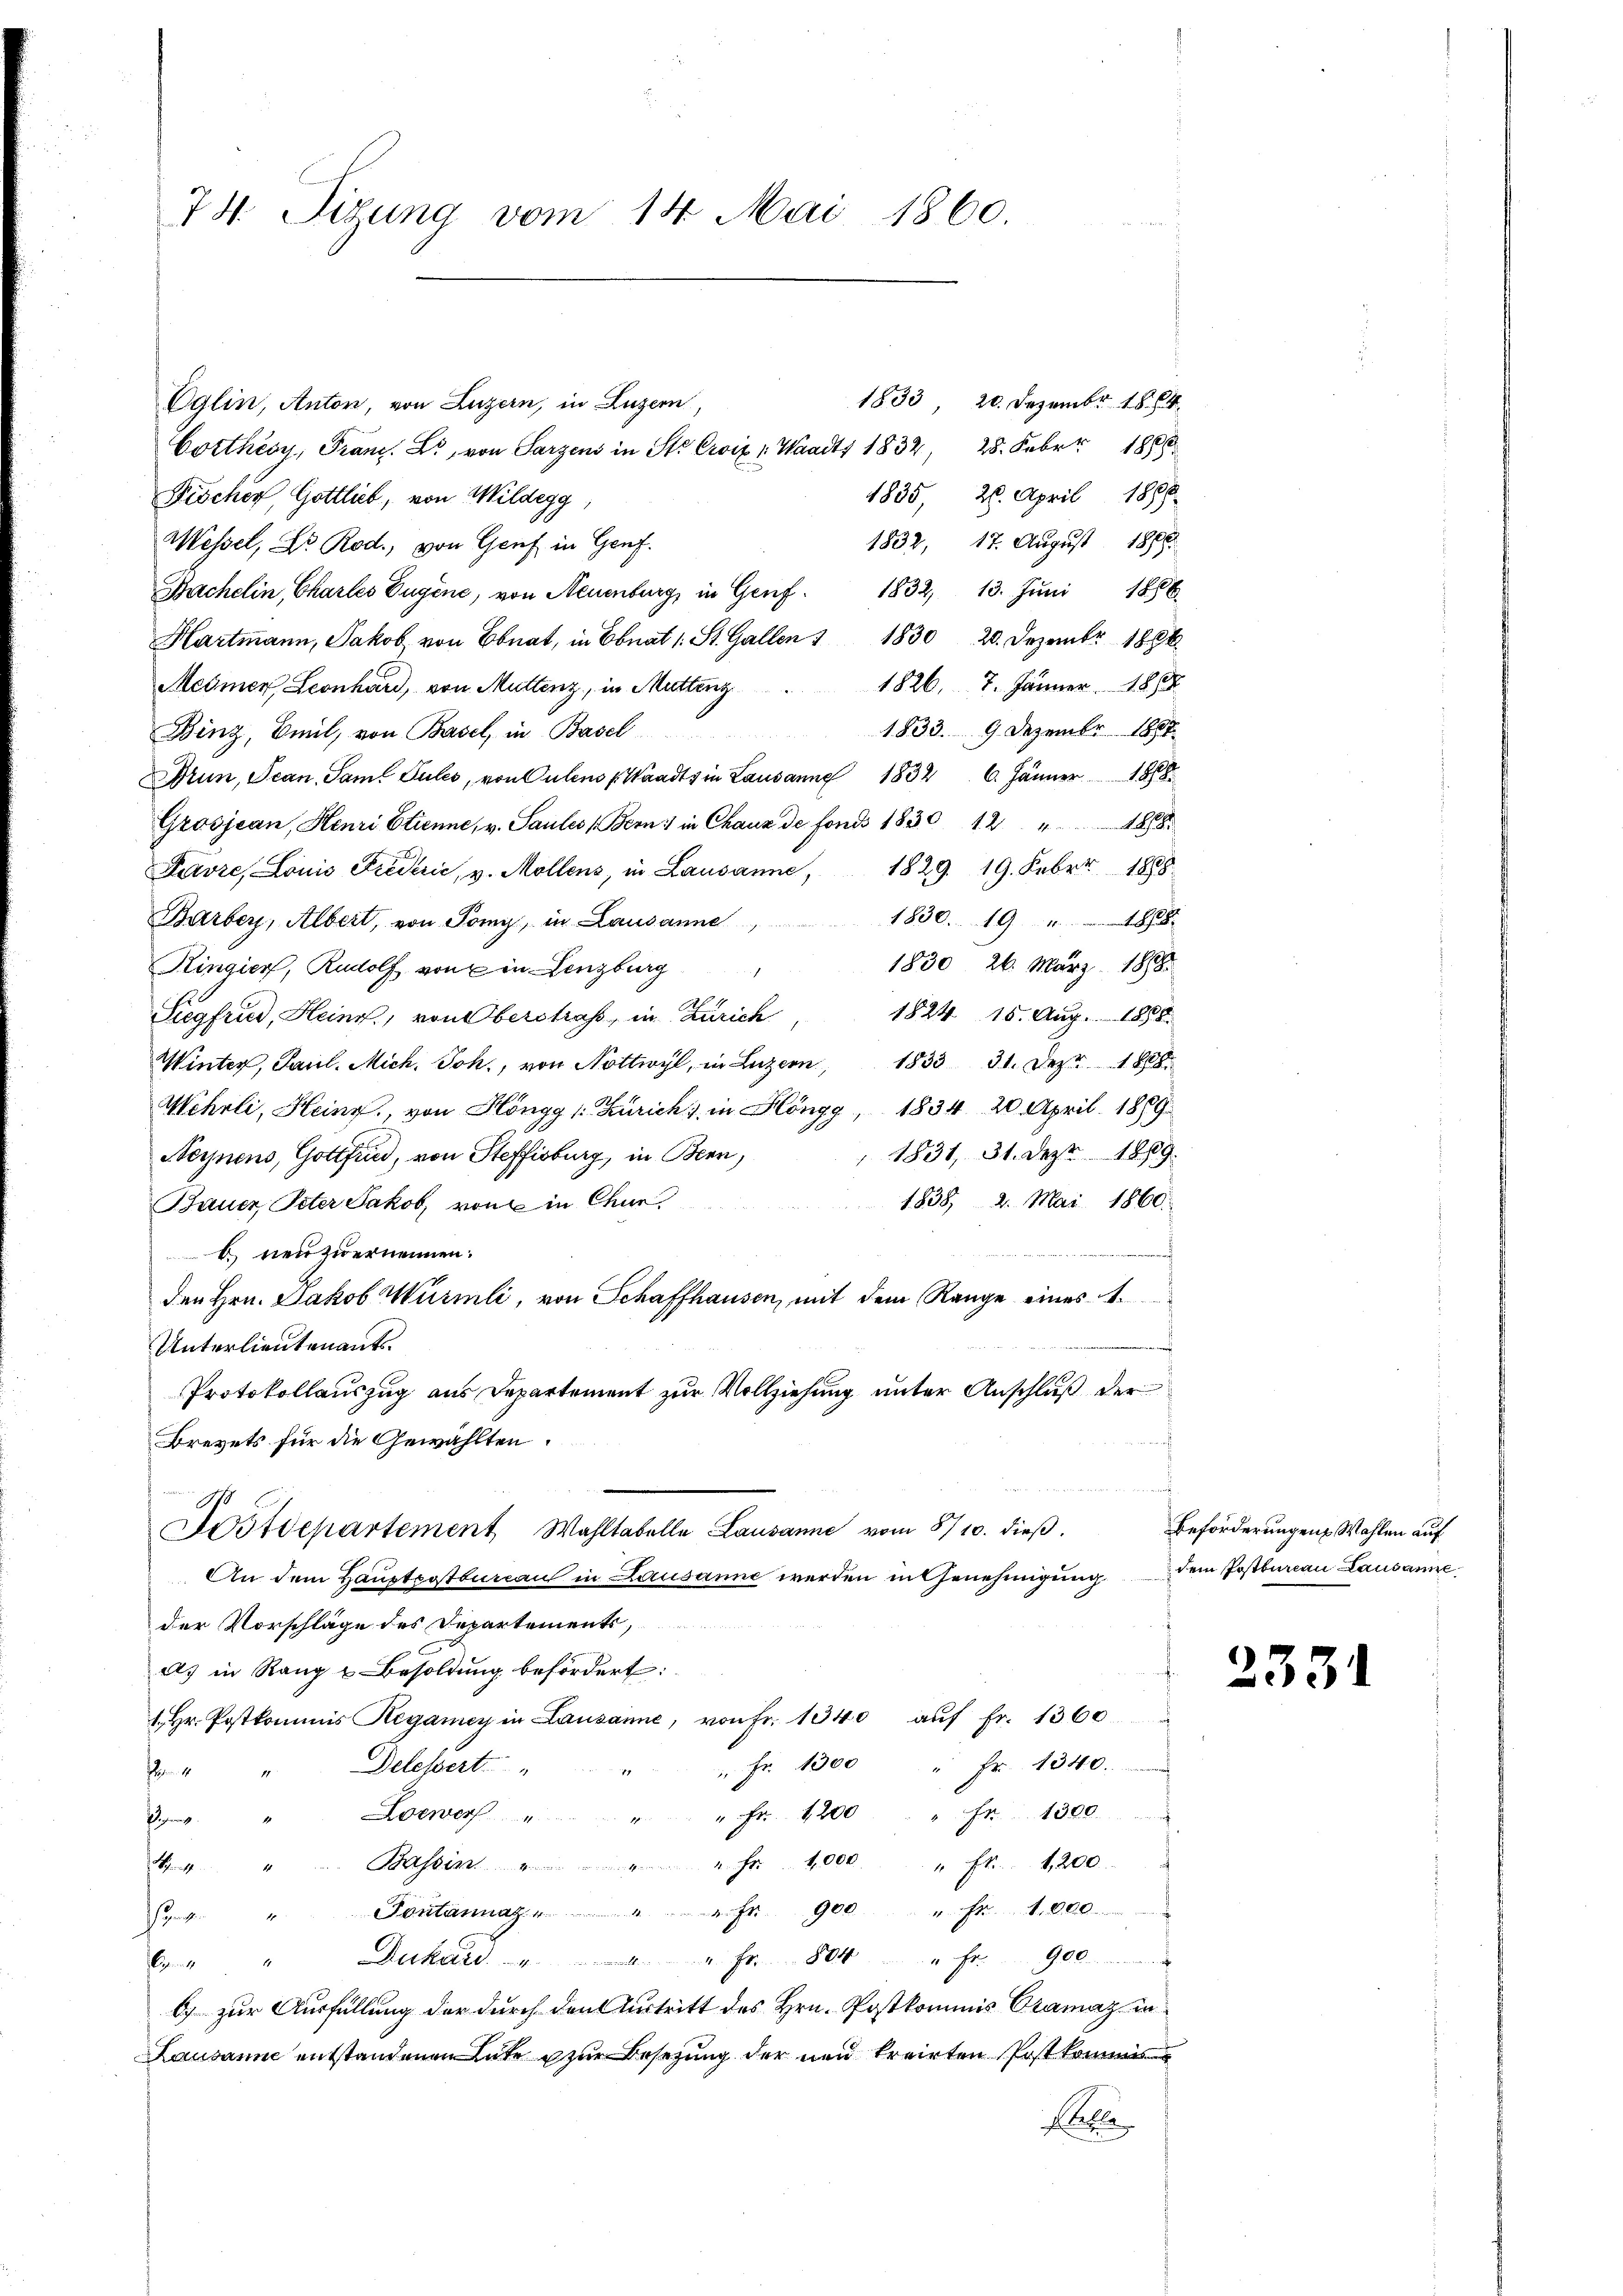
74. Sizung vom 14. Mai 1860.

Oglin, Anton, von Luzern, in Luzern,
Corthéoy, Franz. L., von Parzens in St. Croix 1. Waadt 1832, 28. Febr. 1886
Fischer, Gottlieb, von Mildegg,
1832, 17. August 1886.
Messel, Dr. Rod., von Genf in Genf.
Sachelin, Charles Eugene, von Neuenburg, in Genf 1832, 13. Jŭni 1886
Hartmann, Jakob von Ebnat, in Ebnat 1. St. Gallen " 1830 20. Dezember 1896
1826. 7. Jänner 186
Mesmer, Leonhard, von Muttenz, in Muttenz
1833. 9. Dezember 1881
Binz, Biel, von Basel, in Basel
Drun, Scan. Saml Pules, von Pulens (Waadt in Lausanne 1832. 6. Jänner 188
Grosjean, Henri Etienne, v. Saules (Bern in Chaux de fonds 1830 12 " 1888.
Favre, Louis Fridrić, v. Möllens, in Lausanne, 1829. 19. Febr. 1888
1830. 1988
Bärber, Albert, von Pomy, in Lausanne,
1830, 26. März 1888.
Hingier, Rudolf von in Lenzburg
1824. 15. Aug. 1858.
Siegfried, Heinr., von Oberstraf, in Zürich
Winter, Paul. Mich. Joh., von Nottwyl, in Luzern, 1833 31. Dez. 188
Wehrli, Heinr., von Höngg (: Zürich, in Höngg, 1834. 20. April 1889.
1831, 31. Dez. 1889.
Neynens, Gottfind, von Steffisburg, in Bern,
1838, 2. Mai 1860.
Bauer, Peter Jakob, von in Chur
2
b neuzwernennen:
den Hrn. Jakob Würmli, von Schaffhausen, mit dem Range eines
Unterlieutenants.
e
Protokollauszug aus Departement zur Vollziehung unter Anschluß der
Brevets für die Gewählten.
Postdepartement Wahltabelle Lausanne vom 8/10. dieβ.
An dem Hauptcostbureau in Lausanne werden in Genehmigung
der Vorschläge des Departements,
ds in Rang u Besoldung befördert:
. Hr. Postkommis Regamey in Lausanne, von Fr. 1340 aŭf fr. 1360
" Fr. 1300 " Fr. 1340.
Delessert
17
4
ewe " " " fr. 1200 " " fr. 1300.
Pagen
" Fr. 11,000 " Fr. 1200
"Bassin.
Fontannaz " " " Fr. 900 " fr. 41,000
2
Pan
6 " " Dukard " " " fr. 804 " fr. 900
6) zur Ausfüllung der durch den Vertritt des Hrn. Postkommis Cramaz in
Lausanne entstandenen Gute zur Besetzung der neu treiten Postkommis
Balle

1833, 20. Dezember 1864.
1835, 26. April 1889

Beförderungen Wahlen auf
dem Postbureau Lausanne

2331